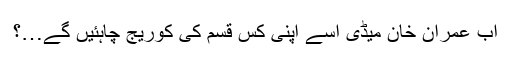
اَب عمران خان میڈی اسے اپنی کس قسم کی کوریج چاہئیں گے…؟